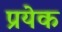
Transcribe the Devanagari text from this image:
प्रयेक